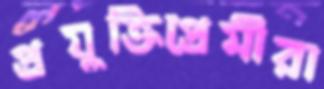
প্রযুক্তিপ্রেমীরা